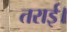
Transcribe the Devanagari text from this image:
तराई।